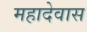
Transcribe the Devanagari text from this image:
महादेवास